Vaccination in Bombay 1869-1873 - 1869-1873
Year: 1869
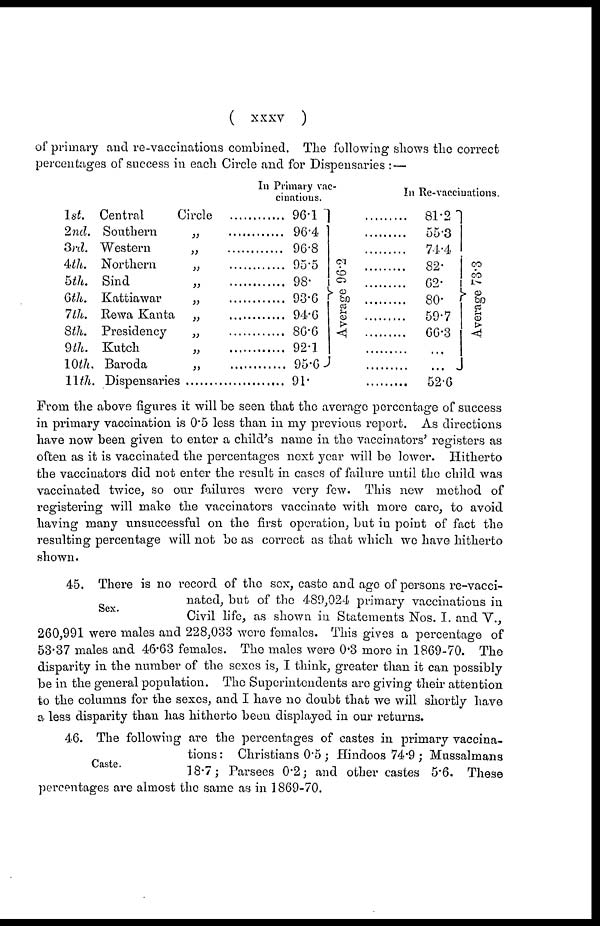
(
xxxv
)
of primary and re-vaccinations combined. The following shows the correct
percentages of success in each Circle and for Dispensaries : —
1st.
2nd.
3rd.
4th.
5th.
6th.
7th.
8th.
9th.
10th.
11th.
In Primary vac-
cinations.
Central Circle ..........
Southern „ ...............
Western „ .................
Northern „ .................
Sind „ .................
Kattiawar „ .................
Rewa Kanta „ .................
Presidency „ .................
Kutch „ .................
Baroda „ .................
Dispensaries .......................
96.1
96.4
96.8
95.5
98.
93.6
94.6
86.6
92.1
95.6
91.
Average 96.2
In Re-vaccinations.
81.21
55.3
74.4
82.
62.
80.
59.7
66.3
...
...
52.6
Average 73.3
From the above figures it will be seen that the average percentage of success
in primary vaccination is 0.5 less than in my previous report. As directions
have now been given to enter a child's name in the vaccinators' registers as
often as it is vaccinated the percentages next year will be lower. Hitherto
the vaccinators did not enter the result in cases of failure until the child was
vaccinated twice, so our failures were very few. This new method of
registering will make the vaccinators vaccinate with more care, to avoid
having many unsuccessful on the first operation, but in point of fact the
resulting percentage will not be as correct as that which we have hitherto
shown.
Sex.
45. There is no record of the sex, caste and age of persons re-vacci-
nated, but of the 489,024 primary vaccinations in
Civil life, as shown in Statements Nos. I. and V.,
260,991 were males and 228,033 were females. This gives a percentage of
53.37 males and 46.63 females. The males were 0.3 more in 1869-70. The
disparity in the number of the sexes is, I think, greater than it can possibly
be in the general population. The Superintendents are giving their attention
to the columns for the sexes, and I have no doubt that we will shortly have
a less disparity than has hitherto been displayed in our returns.
Caste.
46. The following are the percentages of castes in primary vaccina-
tions : Christians 0.5 ; Hindoos 74.9 ; Mussalmans
18.7 ; Parsees 0.2; and other castes 5.6. These
percentages are almost the same as in 1869-70.